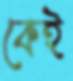
কেই